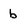
Character: b